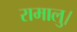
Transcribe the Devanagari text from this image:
रामालु।